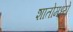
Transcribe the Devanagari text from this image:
शातोमध्ये